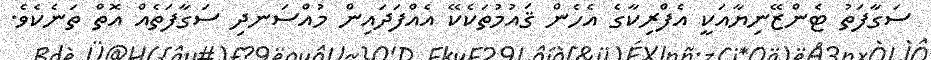
ސަގާފަތު ޓެންޒޭނިޔާއަކީ އެފްރިކާގެ އެހެން ޤައުމުތަކެކޭ އެއްފަދައިން މުއްސަނދި ސަގާފަތެއް އޮތް ތަނެކެވެ.